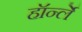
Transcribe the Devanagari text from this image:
हॉर्न्ले